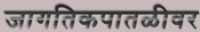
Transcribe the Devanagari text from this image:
जागतिकपातळीवर